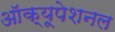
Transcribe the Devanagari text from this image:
ऑक्यूपेशनल